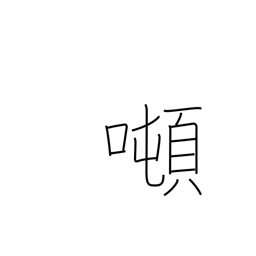
Meaning: tonnage